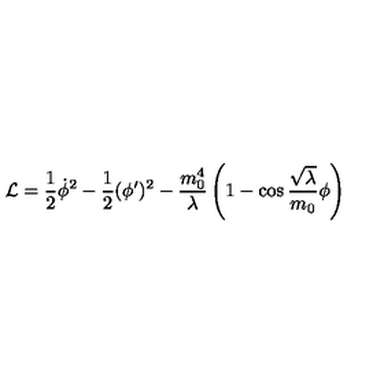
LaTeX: { \cal L } = \frac { 1 } { 2 } \dot { \phi } ^ { 2 } - \frac { 1 } { 2 } ( \phi ^ { \prime } ) ^ { 2 } - \frac { m _ { 0 } ^ { 4 } } { \lambda } \left( 1 - \cos \frac { \sqrt { \lambda } } { m _ { 0 } } \phi \right)